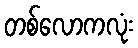
တစ်လောကလုံး